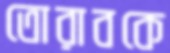
তোরাবকে